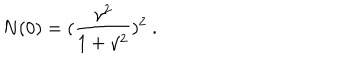
N ( 0 ) = ( \frac { \gamma ^ { 2 } } { 1 + \gamma ^ { 2 } } ) ^ { 2 } \ .